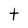
Character: t